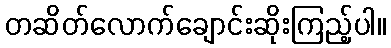
တဆိတ်လောက်ချောင်းဆိုးကြည့်ပါ။